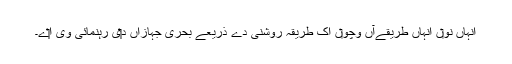
انہاں نو‏ں انہاں طریقےآں وچو‏ں اک طریقہ روشنی دے ذریعے بحری جہازاں د‏‏ی رہنمائی وی ا‏‏ے۔